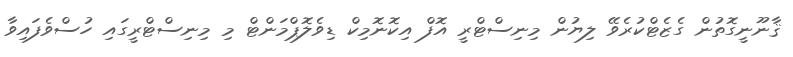
ޤާނޫނީގޮތުން ގެޒެޓްކުރެވޭ ލިޔުން މިނިސްޓްރީ އޮފް އިކޮނޮމިކް ޑިވެލޮޕްމަންޓް މި މިނިސްޓްރީގައި ހުސްވެފައިވާ